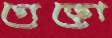
গেড়ো